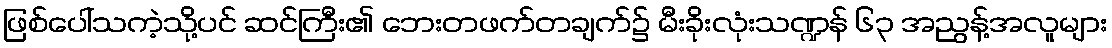
ဖြစ်ပေါ်သကဲ့သို့ပင် ဆင်ကြီး၏ ဘေးတဖက်တချက်၌ မီးခိုးလုံးသဏ္ဍန် ၆၃ အညွန့်အလူများ